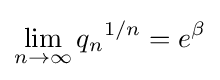
\lim _{n\to \infty }{q_{n}}^{1/n}=e^{\beta }